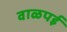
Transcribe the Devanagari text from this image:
वाळपई